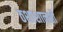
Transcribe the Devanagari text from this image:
ठशाशालशी